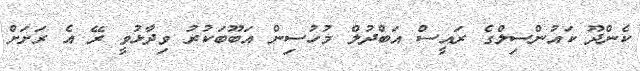
ކެންދޫ ކައުންސިލްގެ ރައީސް އަބްދުލް މުހުސިން އަބޫބަކުރު ވިދާޅުވީ ރޭ އެ ރަށަށް